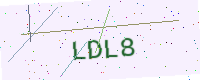
Text: LDL8